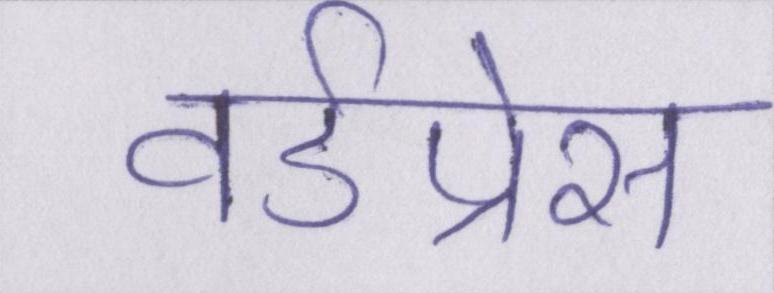
वर्डप्रेस